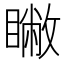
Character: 𥋗